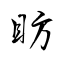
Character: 眆